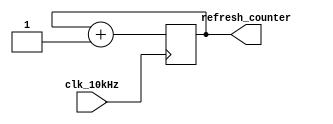
module refresh_counter(
    input clk_10kHz,
    output reg [1:0] refresh_counter=0
);
always @(posedge clk_10kHz) begin
    refresh_counter<= refresh_counter+1;
    
end
endmodule